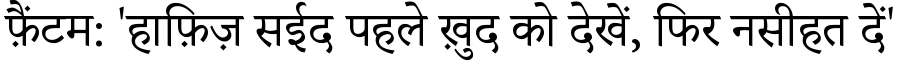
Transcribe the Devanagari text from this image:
फ़ैंटम: 'हाफ़िज़ सईद पहले ख़ुद को देखें, फिर नसीहत दें'